Report of the Indian Hemp Drugs Commission, 1894-1895 - Volume I
Year: 1894
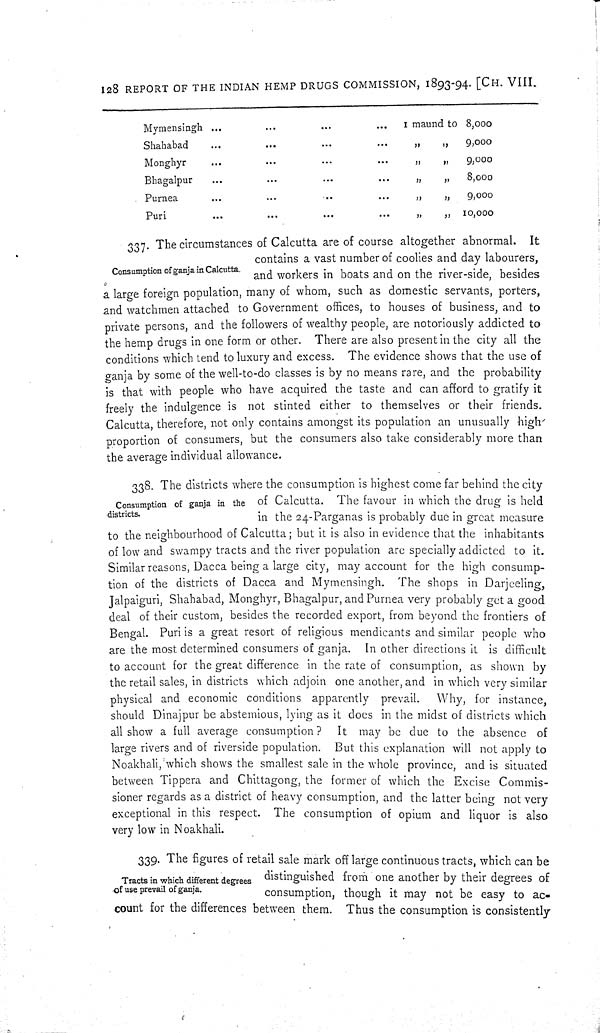
128 REPORT OF THE INDIAN HEMP DRUGS COMMISSION, 1893-94. [CH. VIII.
Mymensingh
1 maund to 8,000
Shahabad
" "
9,000
Monghyr
" "
9,000
Bhagalpur
" "
8,000
Purnea
" "
9,000
Puri
" "
10,000
Consumption of ganja in Calcutta.
337. The circumstances of Calcutta are of course altogether abnormal. It
contains a vast number of coolies and day labourers,
and workers in boats and on the river-side, besides
a large foreign population, many of whom, such as domestic servants, porters,
and watchmen attached to Government offices, to houses of business, and to
private persons, and the followers of wealthy people, are notoriously addicted to
the hemp drugs in one form or other. There are also present in the city all the
conditions which tend to luxury and excess. The evidence shows that the use of
ganja by some of the well-to-do classes is by no means rare, and the probability
is that with people who have acquired the taste and can afford to gratify it
freely the indulgence is not stinted either to themselves or their friends.
Calcutta, therefore, not only contains amongst its population an unusually high
proportion of consumers, but the consumers also take considerably more than
the average individual allowance.
Consumption of ganja in the
districts.
338. The districts where the consumption is highest come far behind the city
of Calcutta. The favour in which the drug is held
in the 24-Parganas is probably due in great measure
to the neighbourhood of Calcutta; but it is also in evidence that the inhabitants
of low and swampy tracts and the river population are specially addicted to it.
Similar reasons, Dacca being a large city, may account for the high consump-
tion of the districts of Dacca and Mymensingh. The shops in Darjeeling,
Jalpaiguri, Shahabad, Monghyr, Bhagalpur, and Purnea very probably get a good
deal of their custom, besides the recorded export, from beyond the frontiers of
Bengal. Puri is a great resort of religious mendicants and similar people who
are the most determined consumers of ganja. In other directions it is difficult
to account for the great difference in the rate of consumption, as shown by
the retail sales, in districts which adjoin one another, and in which very similar
physical and economic conditions apparently prevail. Why, for instance,
should Dinajpur be abstemious, lying as it does in the midst of districts which
all show a full average consumption?
It may be due to the absence of
large rivers and of riverside population. But this explanation will not apply to
Noakhali, which shows the smallest sale in the whole province, and is situated
between Tippera and Chittagong, the former of which the Excise Commis-
sioner regards as a district of heavy consumption, and the latter being not very
exceptional in this respect. The consumption of opium and liquor is also
very low in Noakhali.
Tracts in which different degrees
of use prevail of ganja.
339. The figures of retail sale mark off large continuous tracts, which can be
distinguished from one another by their degrees of
consumption, though it may not be easy to ac-
count for the differences between them. Thus the consumption is consistently